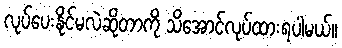
လုပ်ပေးနိုင်မလဲဆိုတာကို သိအောင်လုပ်ထားရပါမယ်။